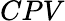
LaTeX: CPV